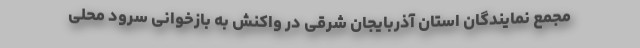
مجمع نمایندگان استان آذربایجان شرقی در واکنش به بازخوانی سرود محلی